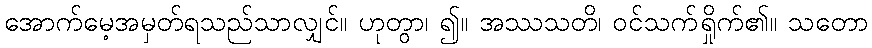
အောက်မေ့အမှတ်ရသည်သာလျှင်။ ဟုတွာ၊ ၍။ အဿသတိ၊ ဝင်သက်ရှိုက်၏။ သတော